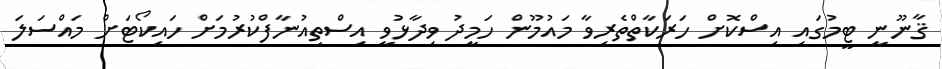
ޤާނޫނީ ޓީމުގައި އިސްކޮށް ހަރަކާތްތެރިވާ މައުމޫން ހަމީދު ވިދާޅުވީ އިސްތިއުނާފްކުރުމަށް ހައިކޯޓަށް މައްސަލަ